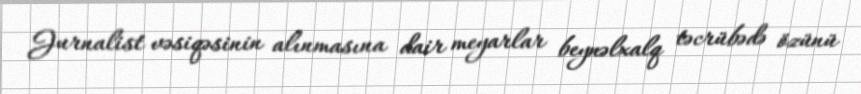
Jurnalist vəsiqəsinin alınmasına dair meyarlar beynəlxalq təcrübədə özünü